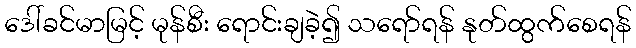
ဒေါ်ခင်မာမြင့် မုန်စီး ရောင်းချခဲ့၍ သရော်ရန် နုတ်ထွက်စေရန်